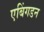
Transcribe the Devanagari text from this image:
एबिंगडन